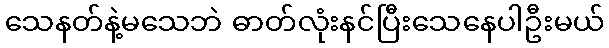
သေနတ်နဲ့မသေဘဲ ဓာတ်လုံးနင်ပြီးသေနေပါဦးမယ်